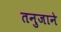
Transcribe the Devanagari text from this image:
तनुजाने